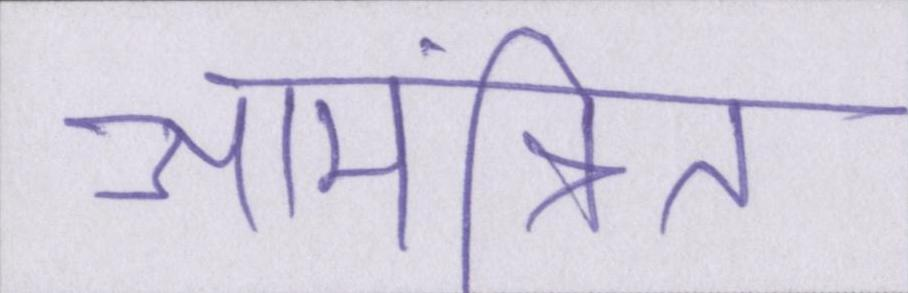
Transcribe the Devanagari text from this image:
आमंत्रित